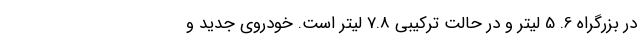
در بزرگراه 6. 5 لیتر و در حالت ترکیبی 7.8 لیتر است. خودروی جدید و